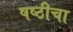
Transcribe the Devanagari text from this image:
षष्ठीचा